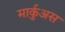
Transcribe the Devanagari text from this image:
मार्कुअस